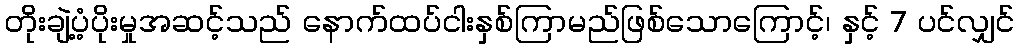
တိုးချဲ့ပံ့ပိုးမှုအဆင့်သည် နောက်ထပ်ငါးနှစ်ကြာမည်ဖြစ်သောကြောင့်၊ နှင့် 7 ပင်လျှင်